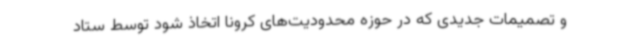
و تصمیمات جدیدی که در حوزه محدودیت‌های کرونا اتخاذ شود توسط ستاد